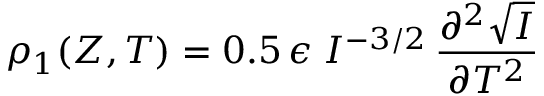
\rho _ { 1 } ( Z , T ) = 0 . 5 \, \epsilon \; I ^ { - 3 / 2 } \, \frac { \partial ^ { 2 } \sqrt { I } } { \partial T ^ { 2 } }